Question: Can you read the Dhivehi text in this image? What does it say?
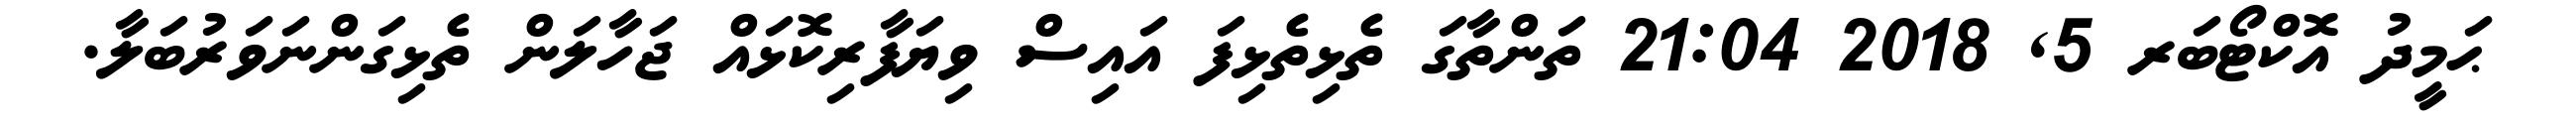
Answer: ޙަމީދު އޮކްޓޯބަރ 5, 2018 21:04 ތަންތާގަ ތެޅިތެޅިފަ އައިސް ވިޔަފާރިކޮޅައް ޖަހާލަން ތެޅިގަންނަވަރުބަލާ.